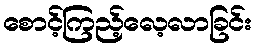
စောင့်ကြည့်လေ့လာခြင်း